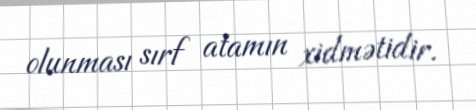
olunması sırf atamın xidmətidir.